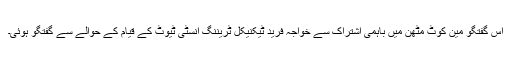
اس گفتگو مین کوٹ مٹھن میں باہمی اشتراک سے خواجہ فرید ٹیکنیکل ٹریننگ انسٹی ٹیوٹ کے قیام کے حوالے سے گفتگو ہوئی۔